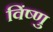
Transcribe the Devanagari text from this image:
विंष्णु